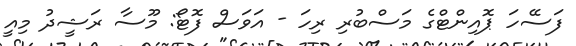
ފަސޭހަ ޕޮއިންޓްގެ މަސްބުރި ރިހަ - އަވަސް ފޮޓޯ: މޫސާ ރަޝީދު މިއީ